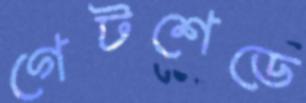
গেটশেডে